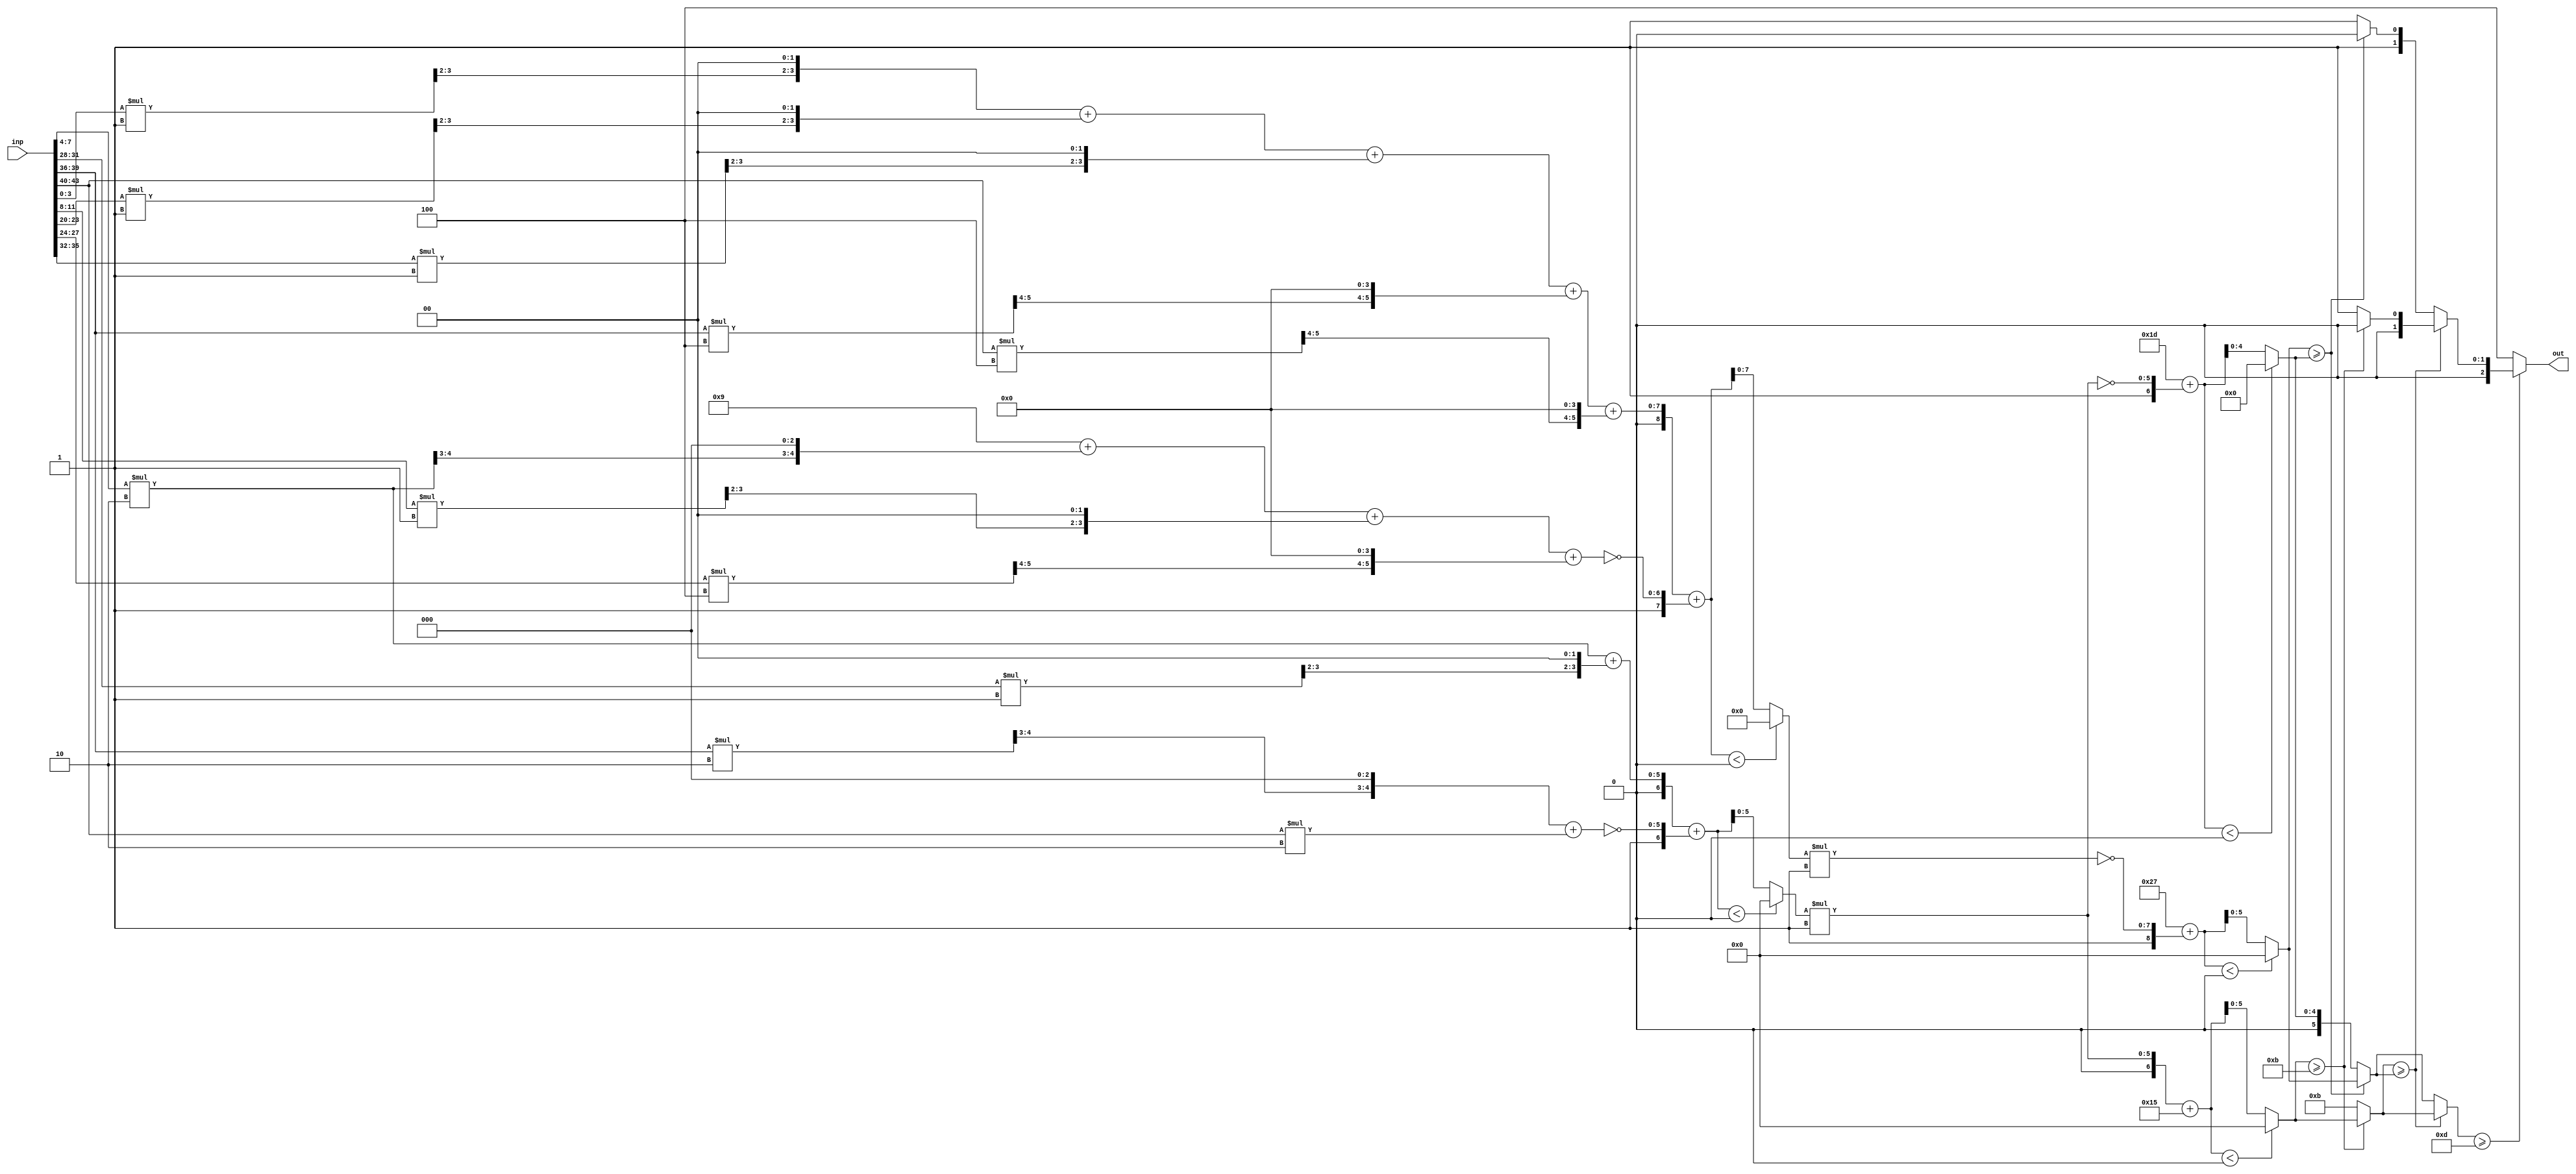
//AX Config: [4.0, 0.0, 2, 0.853, 0.55]
//THL0: 4.0
//THL1: 0.0
//MSB: 2
//weights: [[[0, 2, 0, 0, 0, 0, 0, 1, 0, -2, -2], [1, -2, -1, 0, 0, 1, -4, 0, 1, 4, 4]], [[1, 0], [0, 0], [0, -1], [-1, 0], [0, 0], [0, 0]]]
//intercepts: [[0, -9], [-10, 11, 39, 29, 13, 2]]
//ax width : [[[(0, 0), (5, 0), (0, 0), (0, 0), (0, 0), (0, 0), (0, 0), (4, 3), (0, 0), (5, 4), (5, 0)], [(4, 3), (5, 4), (4, 3), (0, 0), (0, 0), (4, 3), (6, 5), (0, 0), (4, 3), (6, 5), (6, 5)]], [[(6, 0), (0, 0)], [(0, 0), (0, 0)], [(0, 0), (8, 0)], [(6, 0), (0, 0)], [(0, 0), (0, 0)], [(0, 0), (0, 0)]]]
module top (inp, out);
input [43:0] inp;
output [2:0] out;

// layer: 0 - neuron: 0
    //weight 0 : skip
    //weight 2 : 2'b10
    wire [4:0] n_0_0_po_1, n_0_0_po_1_ax;
    assign n_0_0_po_1 = $unsigned(inp[7:4]) * $unsigned(2'b10);
    assign n_0_0_po_1_ax = n_0_0_po_1[4:0];

    //weight 0 : skip
    //weight 0 : skip
    //weight 0 : skip
    //weight 0 : skip
    //weight 0 : skip
    //weight 1 : 1'b1
    wire [3:0] n_0_0_po_7, n_0_0_po_7_ax;
    assign n_0_0_po_7 = $unsigned(inp[31:28]) * $unsigned(1'b1);
    assign n_0_0_po_7_ax = {n_0_0_po_7[3:2], {2{1'b0}}};

    //weight 0 : skip
    //weight abs(-2) : 2'b10
    wire [4:0] n_0_0_po_9, n_0_0_po_9_ax;
    assign n_0_0_po_9 = $unsigned(inp[39:36]) * $unsigned(2'b10);
    assign n_0_0_po_9_ax = {n_0_0_po_9[4:3], {3{1'b0}}};

    //weight abs(-2) : 2'b10
    wire [4:0] n_0_0_po_10, n_0_0_po_10_ax;
    assign n_0_0_po_10 = $unsigned(inp[43:40]) * $unsigned(2'b10);
    assign n_0_0_po_10_ax = n_0_0_po_10[4:0];

    //accumulate positive/negative subproducts
    wire [5:0] n_0_0_sum_pos;
    assign n_0_0_sum_pos = n_0_0_po_1_ax + n_0_0_po_7_ax;
    wire [5:0] n_0_0_sum_neg;
    assign n_0_0_sum_neg = n_0_0_po_9_ax + n_0_0_po_10_ax;
    wire signed [6:0] n_0_0_sum;
    assign n_0_0_sum = $signed({1'b0,n_0_0_sum_pos}) + $signed({1'b1,~n_0_0_sum_neg});

    //relu
    wire [5:0] n_0_0;
    assign n_0_0 = (n_0_0_sum<0) ? $unsigned({6{1'b0}}) : $unsigned(n_0_0_sum[5:0]);

// layer: 0 - neuron: 1
    //weight 1 : 1'b1
    wire [3:0] n_0_1_po_0, n_0_1_po_0_ax;
    assign n_0_1_po_0 = $unsigned(inp[3:0]) * $unsigned(1'b1);
    assign n_0_1_po_0_ax = {n_0_1_po_0[3:2], {2{1'b0}}};

    //weight abs(-2) : 2'b10
    wire [4:0] n_0_1_po_1, n_0_1_po_1_ax;
    assign n_0_1_po_1 = $unsigned(inp[7:4]) * $unsigned(2'b10);
    assign n_0_1_po_1_ax = {n_0_1_po_1[4:3], {3{1'b0}}};

    //weight abs(-1) : 1'b1
    wire [3:0] n_0_1_po_2, n_0_1_po_2_ax;
    assign n_0_1_po_2 = $unsigned(inp[11:8]) * $unsigned(1'b1);
    assign n_0_1_po_2_ax = {n_0_1_po_2[3:2], {2{1'b0}}};

    //weight 0 : skip
    //weight 0 : skip
    //weight 1 : 1'b1
    wire [3:0] n_0_1_po_5, n_0_1_po_5_ax;
    assign n_0_1_po_5 = $unsigned(inp[23:20]) * $unsigned(1'b1);
    assign n_0_1_po_5_ax = {n_0_1_po_5[3:2], {2{1'b0}}};

    //weight abs(-4) : 3'b100
    wire [5:0] n_0_1_po_6, n_0_1_po_6_ax;
    assign n_0_1_po_6 = $unsigned(inp[27:24]) * $unsigned(3'b100);
    assign n_0_1_po_6_ax = {n_0_1_po_6[5:4], {4{1'b0}}};

    //weight 0 : skip
    //weight 1 : 1'b1
    wire [3:0] n_0_1_po_8, n_0_1_po_8_ax;
    assign n_0_1_po_8 = $unsigned(inp[35:32]) * $unsigned(1'b1);
    assign n_0_1_po_8_ax = {n_0_1_po_8[3:2], {2{1'b0}}};

    //weight 4 : 3'b100
    wire [5:0] n_0_1_po_9, n_0_1_po_9_ax;
    assign n_0_1_po_9 = $unsigned(inp[39:36]) * $unsigned(3'b100);
    assign n_0_1_po_9_ax = {n_0_1_po_9[5:4], {4{1'b0}}};

    //weight 4 : 3'b100
    wire [5:0] n_0_1_po_10, n_0_1_po_10_ax;
    assign n_0_1_po_10 = $unsigned(inp[43:40]) * $unsigned(3'b100);
    assign n_0_1_po_10_ax = {n_0_1_po_10[5:4], {4{1'b0}}};

    //accumulate positive/negative subproducts
    wire [7:0] n_0_1_sum_pos;
    assign n_0_1_sum_pos = n_0_1_po_0_ax + n_0_1_po_5_ax + n_0_1_po_8_ax + n_0_1_po_9_ax + n_0_1_po_10_ax;
    wire [6:0] n_0_1_sum_neg;
    assign n_0_1_sum_neg = 4'b1001 + n_0_1_po_1_ax + n_0_1_po_2_ax + n_0_1_po_6_ax;
    wire signed [8:0] n_0_1_sum;
    assign n_0_1_sum = $signed({1'b0,n_0_1_sum_pos}) + $signed({1'b1,~n_0_1_sum_neg});

    //relu
    wire [7:0] n_0_1;
    assign n_0_1 = (n_0_1_sum<0) ? $unsigned({8{1'b0}}) : $unsigned(n_0_1_sum[7:0]);

// layer: 1 - neuron: 0
    //weight 1 : 1'b1
    wire [5:0] n_1_0_po_0, n_1_0_po_0_ax;
    assign n_1_0_po_0 = $unsigned(n_0_0) * $unsigned(1'b1);
    assign n_1_0_po_0_ax = n_1_0_po_0[5:0];

    //weight 0 : skip
    //accumulate positive/negative subproducts
    wire [5:0] n_1_0_sum_pos;
    assign n_1_0_sum_pos = n_1_0_po_0_ax;
    wire [3:0] n_1_0_sum_neg;
    assign n_1_0_sum_neg = 4'b1010;
    wire signed [6:0] n_1_0_sum;
    assign n_1_0_sum = $signed({1'b0,n_1_0_sum_pos}) + $signed({1'b1,~n_1_0_sum_neg});

    //relu
    wire [5:0] n_1_0;
    assign n_1_0 = (n_1_0_sum<0) ? $unsigned({6{1'b0}}) : $unsigned(n_1_0_sum[5:0]);

// layer: 1 - neuron: 1
    //weight 0 : skip
    //weight 0 : skip
    //accumulate positive/negative subproducts
    wire [3:0] n_1_1_sum_pos;
    assign n_1_1_sum_pos = 4'b1011;

    //WARN: only positive weights. Using identity
    wire [3:0] n_1_1;
    assign n_1_1 = n_1_1_sum_pos;

// layer: 1 - neuron: 2
    //weight 0 : skip
    //weight abs(-1) : 1'b1
    wire [7:0] n_1_2_po_1, n_1_2_po_1_ax;
    assign n_1_2_po_1 = $unsigned(n_0_1) * $unsigned(1'b1);
    assign n_1_2_po_1_ax = n_1_2_po_1[7:0];

    //accumulate positive/negative subproducts
    wire [5:0] n_1_2_sum_pos;
    assign n_1_2_sum_pos = 6'b100111;
    wire [7:0] n_1_2_sum_neg;
    assign n_1_2_sum_neg = n_1_2_po_1_ax;
    wire signed [8:0] n_1_2_sum;
    assign n_1_2_sum = $signed({1'b0,n_1_2_sum_pos}) + $signed({1'b1,~n_1_2_sum_neg});

    //relu
    wire [5:0] n_1_2;
    assign n_1_2 = (n_1_2_sum<0) ? $unsigned({6{1'b0}}) : $unsigned(n_1_2_sum[5:0]);

// layer: 1 - neuron: 3
    //weight abs(-1) : 1'b1
    wire [5:0] n_1_3_po_0, n_1_3_po_0_ax;
    assign n_1_3_po_0 = $unsigned(n_0_0) * $unsigned(1'b1);
    assign n_1_3_po_0_ax = n_1_3_po_0[5:0];

    //weight 0 : skip
    //accumulate positive/negative subproducts
    wire [4:0] n_1_3_sum_pos;
    assign n_1_3_sum_pos = 5'b11101;
    wire [5:0] n_1_3_sum_neg;
    assign n_1_3_sum_neg = n_1_3_po_0_ax;
    wire signed [6:0] n_1_3_sum;
    assign n_1_3_sum = $signed({1'b0,n_1_3_sum_pos}) + $signed({1'b1,~n_1_3_sum_neg});

    //relu
    wire [4:0] n_1_3;
    assign n_1_3 = (n_1_3_sum<0) ? $unsigned({5{1'b0}}) : $unsigned(n_1_3_sum[4:0]);

// layer: 1 - neuron: 4
    //weight 0 : skip
    //weight 0 : skip
    //accumulate positive/negative subproducts
    wire [3:0] n_1_4_sum_pos;
    assign n_1_4_sum_pos = 4'b1101;

    //WARN: only positive weights. Using identity
    wire [3:0] n_1_4;
    assign n_1_4 = n_1_4_sum_pos;

// layer: 1 - neuron: 5
    //weight 0 : skip
    //weight 0 : skip
    //accumulate positive/negative subproducts
    wire [1:0] n_1_5_sum_pos;
    assign n_1_5_sum_pos = 2'b10;

    //WARN: only positive weights. Using identity
    wire [1:0] n_1_5;
    assign n_1_5 = n_1_5_sum_pos;

// argmax: 6 classes, need 3 bits
// argmax inp: n_1_0, n_1_1, n_1_2, n_1_3, n_1_4, n_1_5
    //comp level 0
    wire cmp_0_0;
    wire [5:0] argmax_val_0_0;
    wire [2:0] argmax_idx_0_0;
    assign {cmp_0_0} = ( n_1_0 >= n_1_1 );
    assign {argmax_val_0_0} = ( cmp_0_0 ) ? n_1_0 : n_1_1;
    assign {argmax_idx_0_0} = ( cmp_0_0 ) ? 3'b000 : 3'b001;

    wire cmp_0_2;
    wire [5:0] argmax_val_0_2;
    wire [2:0] argmax_idx_0_2;
    assign {cmp_0_2} = ( n_1_2 >= n_1_3 );
    assign {argmax_val_0_2} = ( cmp_0_2 ) ? n_1_2 : n_1_3;
    assign {argmax_idx_0_2} = ( cmp_0_2 ) ? 3'b010 : 3'b011;

    wire cmp_0_4;
    wire [5:0] argmax_val_0_4;
    wire [2:0] argmax_idx_0_4;
    assign {cmp_0_4} = ( n_1_4 >= n_1_5 );
    assign {argmax_val_0_4} = ( cmp_0_4 ) ? n_1_4 : n_1_5;
    assign {argmax_idx_0_4} = ( cmp_0_4 ) ? 3'b100 : 3'b101;

    //comp level 1
    wire cmp_1_0;
    wire [5:0] argmax_val_1_0;
    wire [2:0] argmax_idx_1_0;
    assign {cmp_1_0} = ( argmax_val_0_0 >= argmax_val_0_2 );
    assign {argmax_val_1_0} = ( cmp_1_0 ) ? argmax_val_0_0 : argmax_val_0_2;
    assign {argmax_idx_1_0} = ( cmp_1_0 ) ? argmax_idx_0_0 : argmax_idx_0_2;

    //comp level 2
    wire cmp_2_0;
    wire [5:0] argmax_val_2_0;
    wire [2:0] argmax_idx_2_0;
    assign {cmp_2_0} = ( argmax_val_1_0 >= argmax_val_0_4 );
    assign {argmax_val_2_0} = ( cmp_2_0 ) ? argmax_val_1_0 : argmax_val_0_4;
    assign {argmax_idx_2_0} = ( cmp_2_0 ) ? argmax_idx_1_0 : argmax_idx_0_4;

    assign out = argmax_idx_2_0;

endmodule